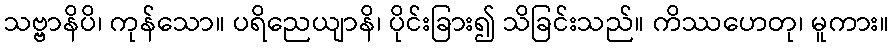
သဗ္ဗာနိပိ၊ ကုန်သော။ ပရိညေယျာနိ၊ ပိုင်းခြား၍ သိခြင်းသည်။ ကိဿဟေတု၊ မူကား။